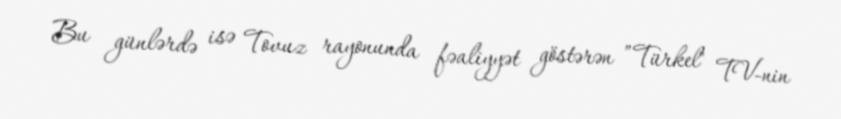
Bu günlərdə isə Tovuz rayonunda fəaliyyət göstərən ”Türkel" TV-nin